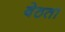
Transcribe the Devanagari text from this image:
बेठता